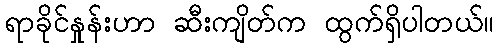
ရာခိုင်နှုန်းဟာ ဆီးကျိတ်က ထွက်ရှိပါတယ်။